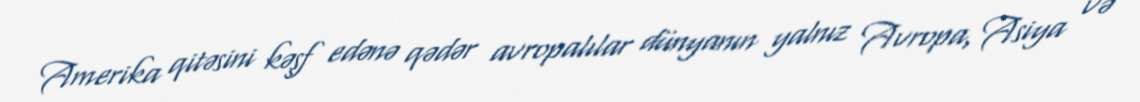
Amerika qitəsini kəşf edənə qədər avropalılar dünyanın yalnız Avropa, Asiya və